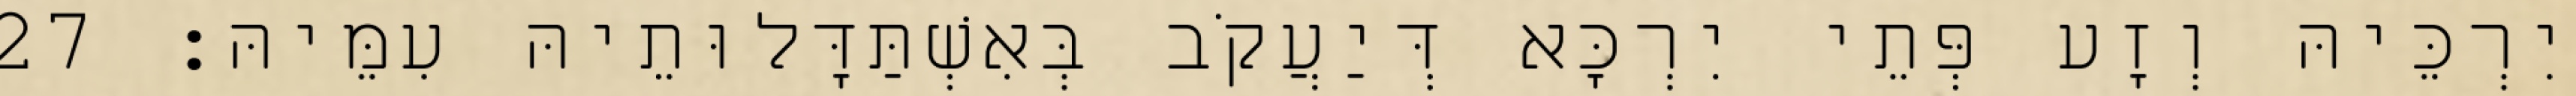
יִרְכֵּיהּ וְזָע פְּתֵי יִרְכָּא דְּיַעֲקֹב בְּאִשְׁתַּדָּלוּתֵיהּ עִמֵּיהּ׃ 27